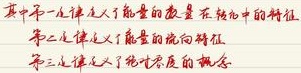
其中第一定律定义了能量的数量 在经典中的特征
第二定律定义了能量的流向特征
第三定律定义了绝对零度的概念